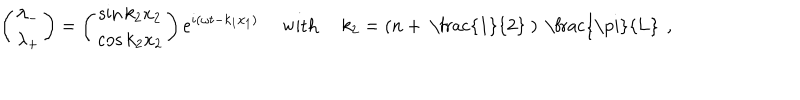
LaTeX: \left( \begin{matrix} { { \lambda _ { - } } } \\ { { \lambda _ { + } } } \\ \end{matrix} \right) = \left( \begin{matrix} { { \sin k _ { 2 } x _ { 2 } } } \\ { { \cos k _ { 2 } x _ { 2 } } } \\ \end{matrix} \right) e ^ { i ( \omega t - k _ { 1 } x _ { 1 } ) } \ \mathrm { w i t h } \ k _ { 2 } = \left( n + \mathrm { ~ \frac { 1 } { 2 } ~ } \right) \mathrm { ~ \frac { \ p i } { L } ~ } \, ,